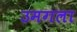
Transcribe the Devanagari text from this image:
उमगला